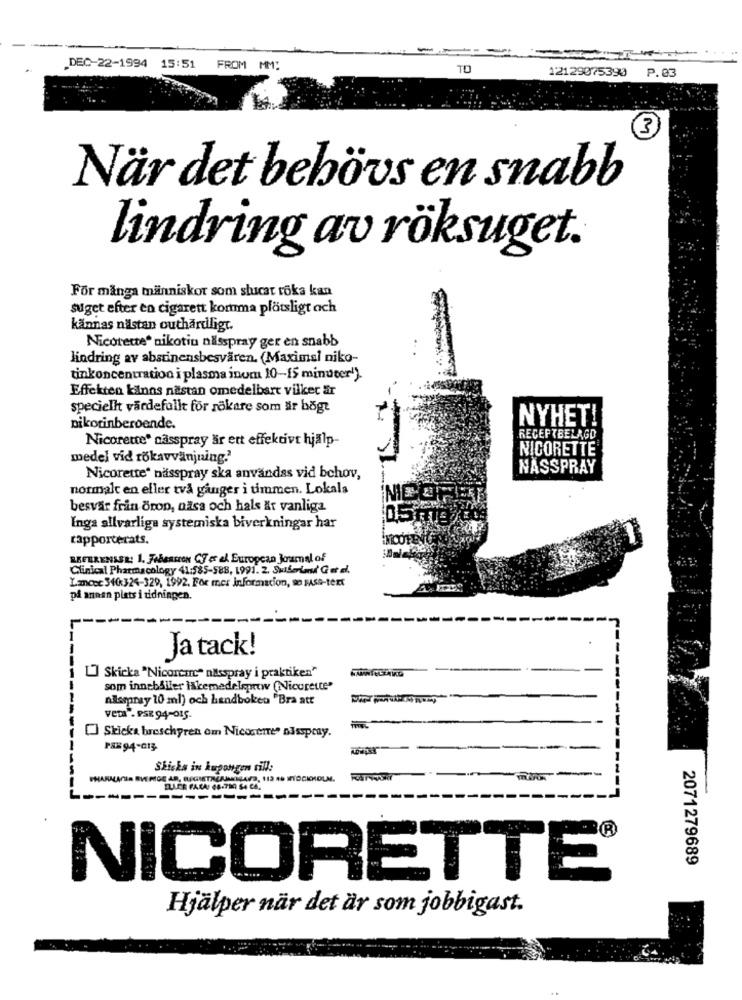
.DEC-22-1994 15:51
FROM MM:
12129075390 P.03
3
När det behövs en snabb
lindring av röksuget.
For många människor som shicat roka kan
suget efter en cigarett komma plötsligt ach
kännas nästan outhärdligt.
Nicorette nikotin nilsspray ger en snabb
lindring av abstinensbesvären. (Maximal niko-
tinkoncentration i plasma inom 10-15 minuter!).
Effekten känns nästan omedelbart vilket är
speciellt värdefullt för rökare som är högt
NYHET!
nikotinberoende.
Nicorette' casspray är ett effektivt hjalp-
RECEPTBELAGD
NICORETTE
medel vid rökavvanjning.'
NASSPRAY
Nicorette* nässpray ska användas vid behov,
normalt en eller två ganger i timmen. Lokala
besvär från öron, ažsa och hals At vanliga
Inga allvarliga systemiska biverkningar har
rapporterats.
REFERENSSR: 1. Febescrow Cf er el European Journal of
Clinical Pharmacology 41:585-588, 1991. 2. Sutbeim' Ger el.
Lancec 340:324-329, 1992. For mer informacion, so FASe-tert
på annan plats i tidningen.
Ja tack!
[] Skicka "Nicorcare" nisspray i praktiken"
som innehåller iskemedelentw (Nicorette"
nisspray 10 ml) och handboken "Bra att
veta". PSE 94-015.
" Skicka broschyren om Nicosene" nisspray.
Skicka in kupongen ville
--
2071279689
NICORETTE®
Hjälper när det är som jobbigast.